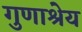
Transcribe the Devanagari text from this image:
गुणाश्रेय